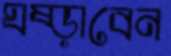
ঘষ্‌ড়াবেন